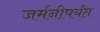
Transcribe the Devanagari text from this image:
जर्मनीपर्यंत